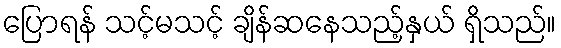
ပြောရန် သင့်မသင့် ချိန်ဆနေသည့်နှယ် ရှိသည်။